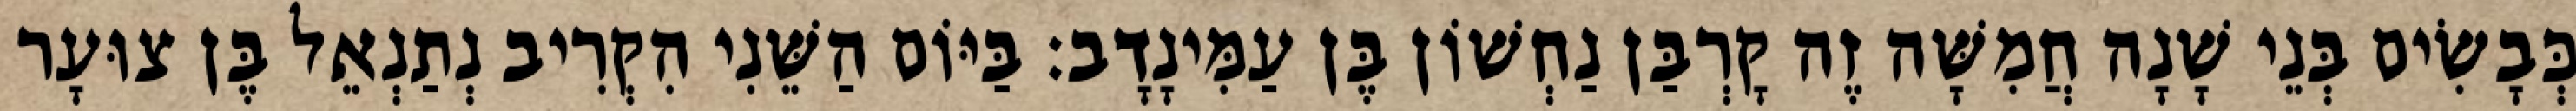
כְּבָשִׂים בְּנֵי שָׁנָה חֲמִשָּׁה זֶה קָרְבַּן נַחְשׁוֹן בֶּן עַמִּינָדָב׃ בַּיּוֹם הַשֵּׁנִי הִקְרִיב נְתַנְאֵל בֶּן צוּעָר